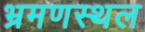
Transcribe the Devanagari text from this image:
भ्रमणस्‍थल